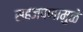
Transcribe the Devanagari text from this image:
सहजपणामुळे